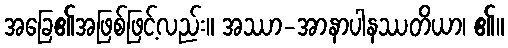
အခြေ၏အဖြစ်ဖြင့်လည်း။ အဿာ-အာနာပါနဿတိယာ၊ ၏။